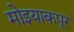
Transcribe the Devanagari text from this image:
मोइयाकपूर